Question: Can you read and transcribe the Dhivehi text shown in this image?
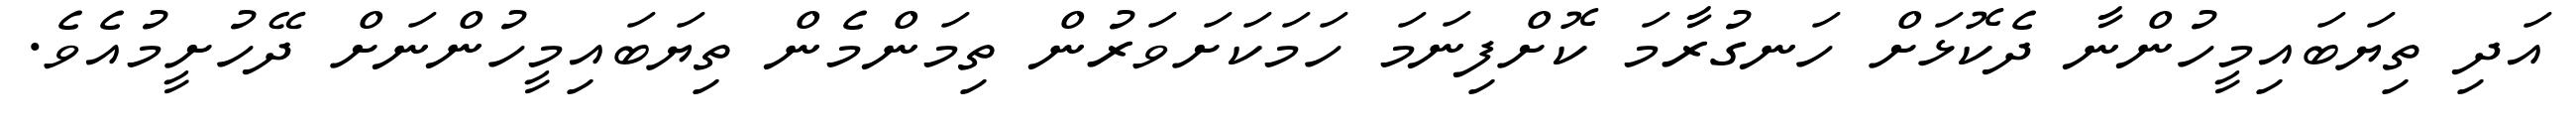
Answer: އަދި ތިޔަބައިމީހުންނާ ދެކޮޅަށް ހަނގުރާމަ ކޮށްފިނަމަ ހަމަކަށަވަރުން ތިމަންމެން ތިޔަބައިމީހުންނަށް ދޭހުށީމުއެވެ.